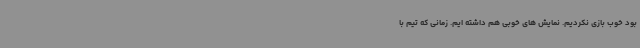
بود خوب بازی نکردیم. نمایش های خوبی هم داشته ایم. زمانی که تیم با